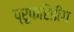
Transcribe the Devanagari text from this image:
प्रूफरिडींग